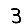
Digit: 3